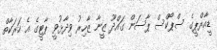
ޑީއާރްޕީގެ ސްޕޯކްސް ޕާސަން ގައްދޫ ޒީނާ ޒާހިރު ވިދާޅުވީ ޕާޓީގެ އެ ހަރަކާތް